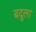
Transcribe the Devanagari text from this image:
बदुला